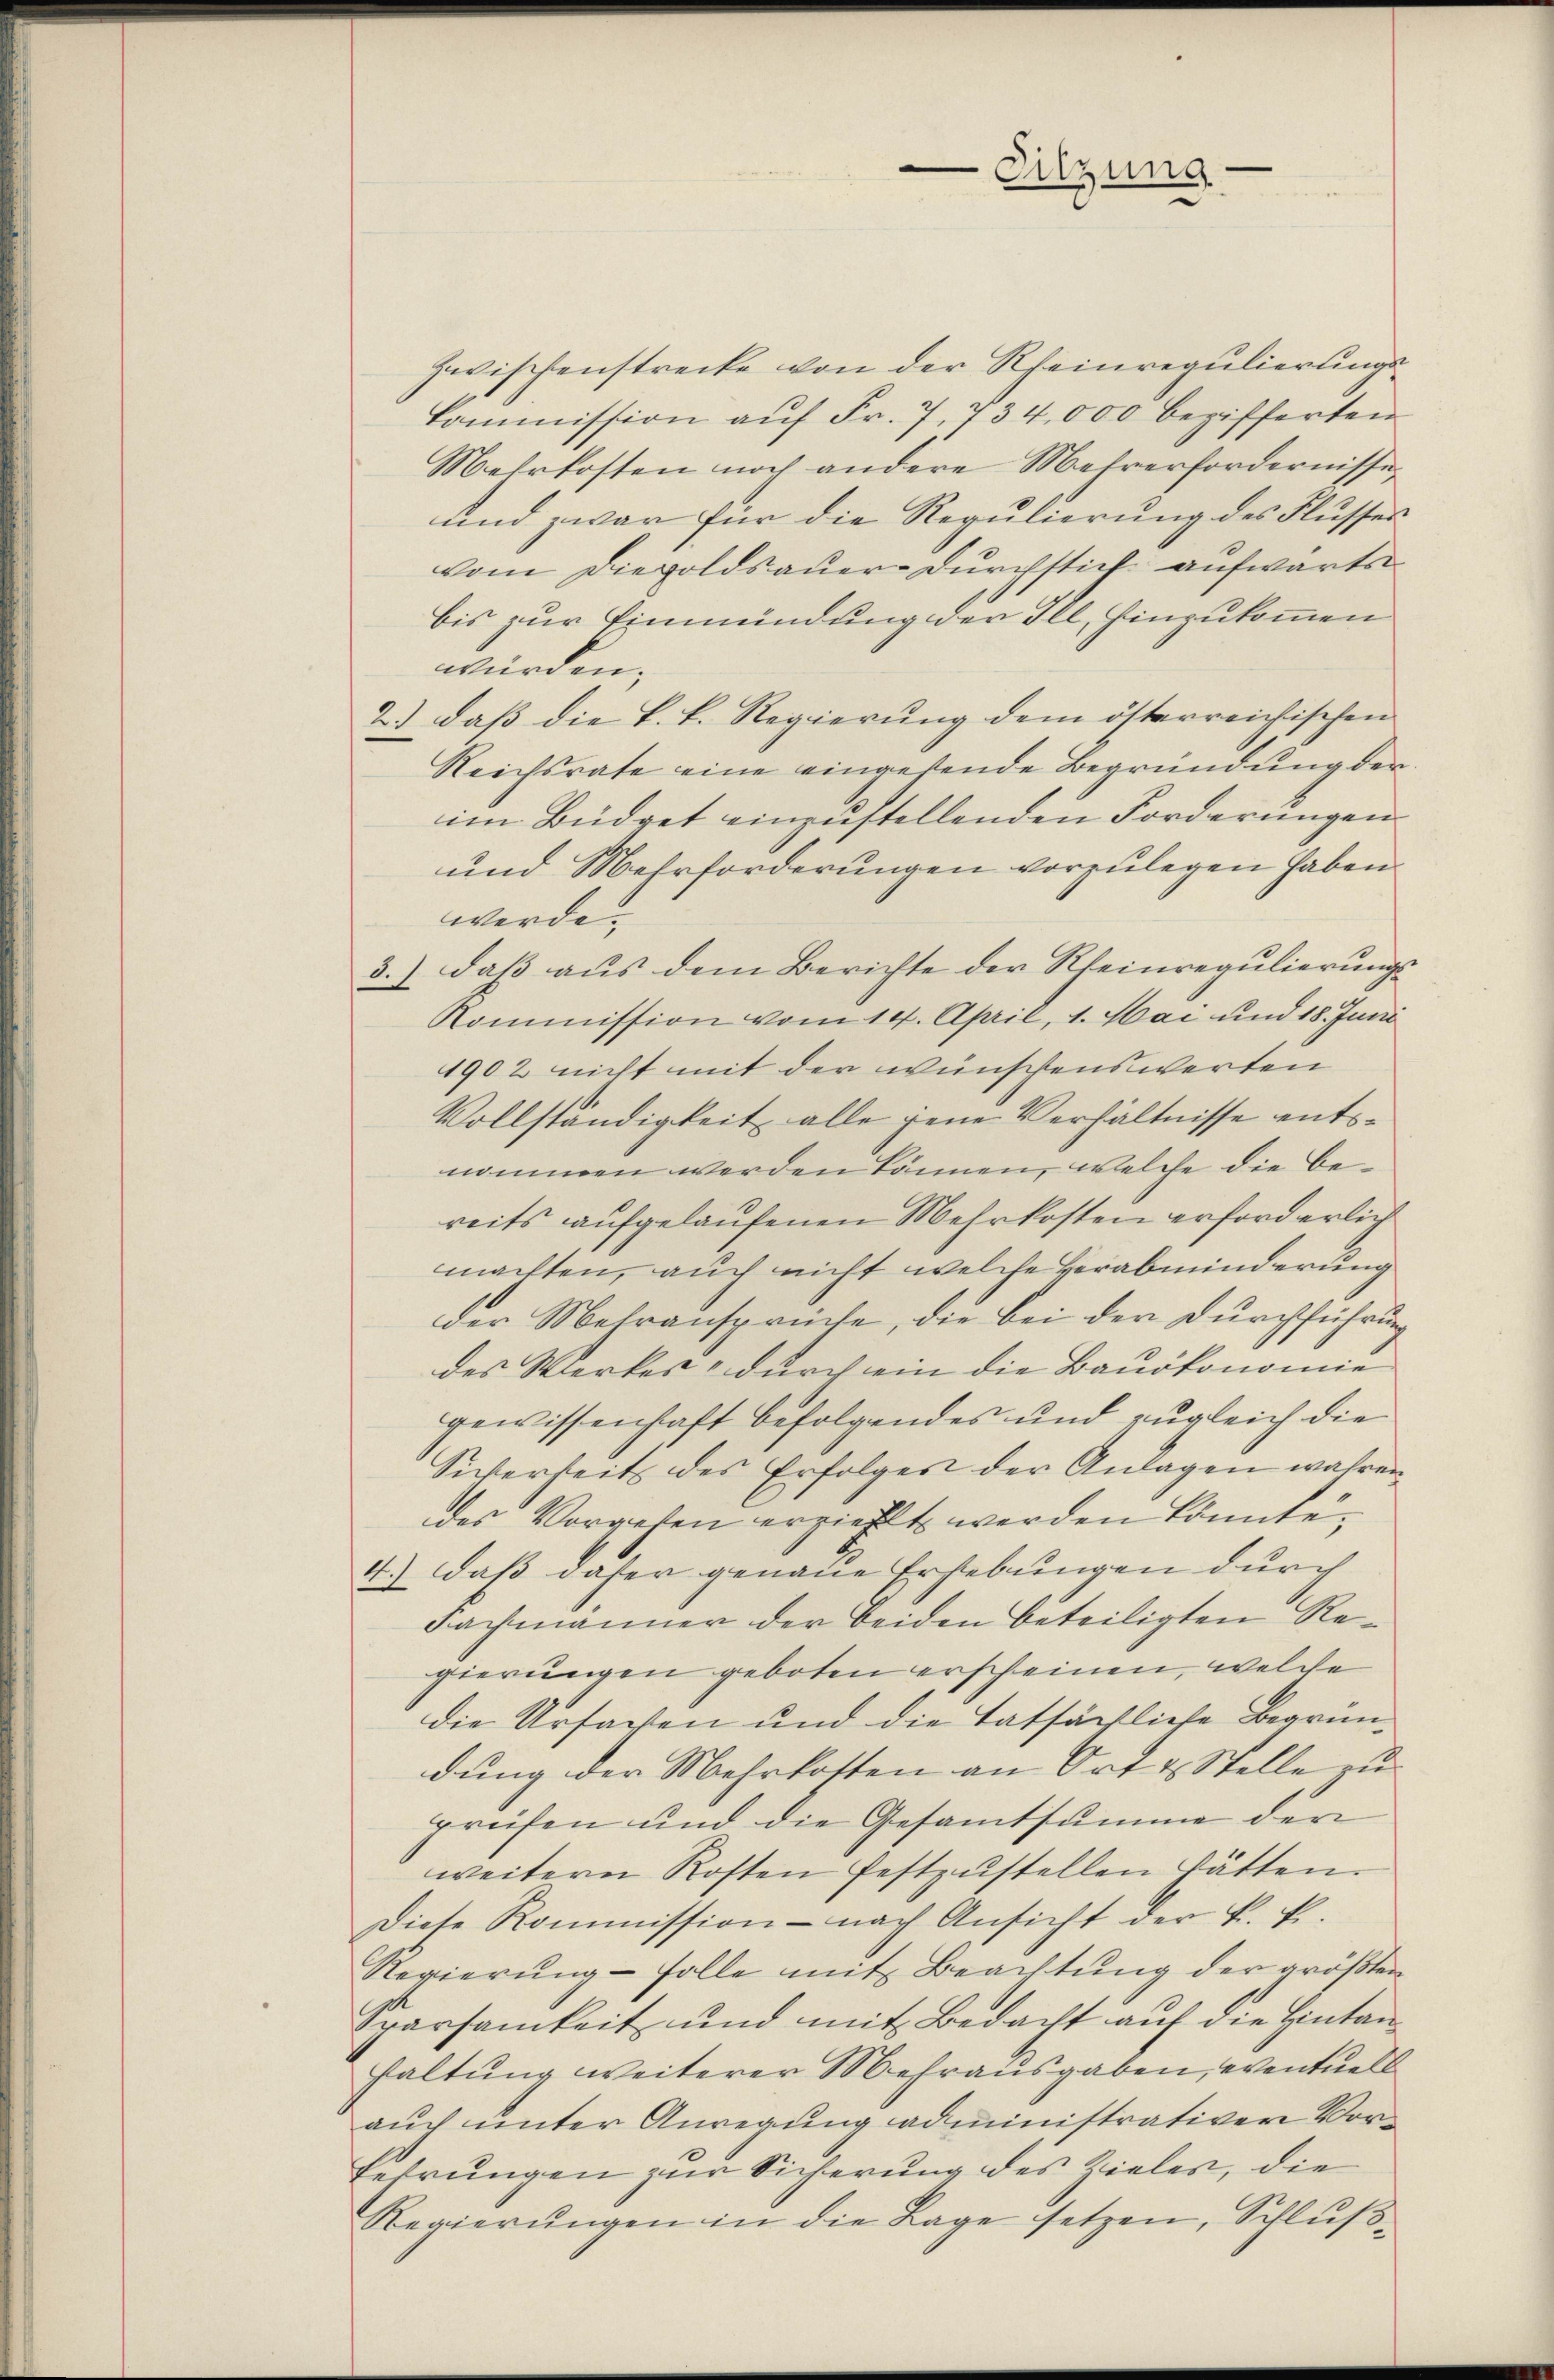
zwischenstrecke von der Rheinregulierungskommission aŭf Fr. 7, 734,000 bezifferten
Mehrkosten noch andere Mehrerfordernisse,
und zwar für die Regŭlierŭng des Flusser
vom Diepoldsauer-Durchstich aufwärts
bis zur Einmündung der Ill, hinzukommen
würden;
2.) daß die k. k. Regierung dem österreichischen
Reichsrate eine eingehende Begründung der
im Büdget einzustellenden Forderungen
und Mehrforderungen vorzulegen haben.
werde,
3.) daß aus dem Berichte der Rheinregulierungs
Kommission vom 14. April, 1. Mai und 18. Juni
1902 nicht mit der wünschenswerten
Vollständigkeit alle jene Verhältnisse entsnommen werden können, welche die bereits aufgelaufenen Mehrkosten erforderlich
machten, auch nicht welche Verabminderung
der Mehransprüche, die bei der Durchführung
des Werkes, durch ein die Bauökonomie
gewissenhaft befolgendes und zugleich die
Siverheits des Erfolger der Anlagen wahren
des Vorgehen erziehlt werden könnte.
4.) Daß daher genaue Erhebungen durch
Fachmänner der beiden beteiligten Regierungen geboten erscheinen, welche
die Ursachen und die tatsächliche Begrün-
dung der Mehrkosten an Ort & Stelle zu
prüfen und die Gesamtsumme der
weitern Kosten festzŭstellen hätten.
Diese Kommission nach Ansicht der k. k.
Regierung - solle mit Beachtung der größten
Sparsamkeit und mit Bedacht auf die Hintan
haltung weiterer Mehrausgaben, eventuell
auch unter Anregung administrativer Vorfehrungen zur Sicherung des Zieler, die
Regierŭngen in die Lage setzen, Schluß¬

Sitzung